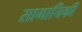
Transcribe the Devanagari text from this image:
सामायिकी